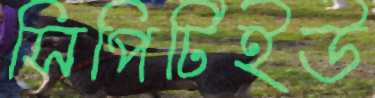
সিপিটিইউ